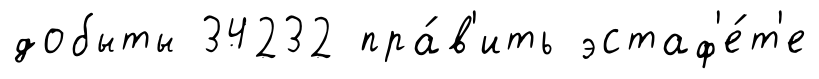
добыты 34232 пра́в'ить эстаф'е́т'е